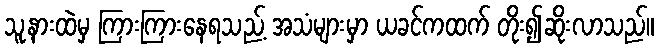
သူ့နားထဲမှ ကြားကြားနေရသည့် အသံများမှာ ယခင်ကထက် တိုး၍ဆိုးလာသည်။